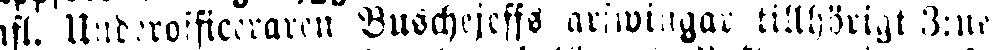
afl. Underofficeraren Buschejeffs arfwingar tillhörigt 3:ne